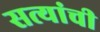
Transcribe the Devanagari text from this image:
सत्यांची